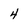
Character: 4